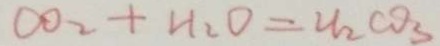
C O _ { 2 } + H _ { 2 } O = 2 l _ { 2 } C O _ { 3 }